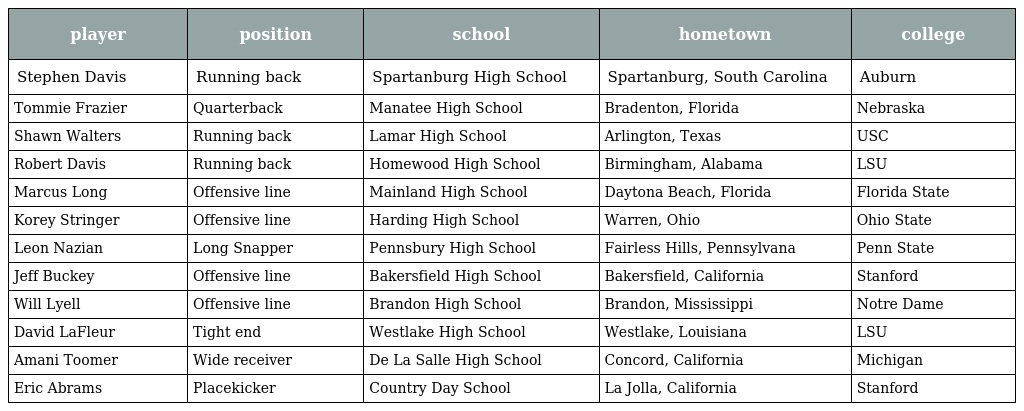
| player | position | school | hometown | college |
 | --- | --- | --- | --- | --- |
 | Stephen Davis | Running back | Spartanburg High School | Spartanburg, South Carolina | Auburn |
 | Tommie Frazier | Quarterback | Manatee High School | Bradenton, Florida | Nebraska |
 | Shawn Walters | Running back | Lamar High School | Arlington, Texas | USC |
 | Robert Davis | Running back | Homewood High School | Birmingham, Alabama | LSU |
 | Marcus Long | Offensive line | Mainland High School | Daytona Beach, Florida | Florida State |
 | Korey Stringer | Offensive line | Harding High School | Warren, Ohio | Ohio State |
 | Leon Nazian | Long Snapper | Pennsbury High School | Fairless Hills, Pennsylvana | Penn State |
 | Jeff Buckey | Offensive line | Bakersfield High School | Bakersfield, California | Stanford |
 | Will Lyell | Offensive line | Brandon High School | Brandon, Mississippi | Notre Dame |
 | David LaFleur | Tight end | Westlake High School | Westlake, Louisiana | LSU |
 | Amani Toomer | Wide receiver | De La Salle High School | Concord, California | Michigan |
 | Eric Abrams | Placekicker | Country Day School | La Jolla, California | Stanford |